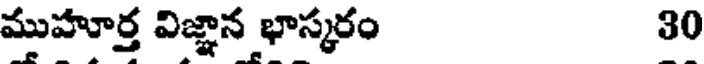
ముహూర్త విజ్ఞాన భాస్కరం 30